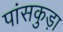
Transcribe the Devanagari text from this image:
पांसकुड़ा